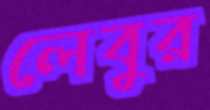
লেবুর